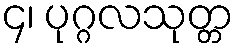
၄၊ ပုဂ္ဂလသုတ္တ